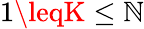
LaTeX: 1\leqK\leq\mathbb{N}